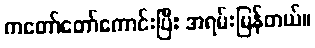
ကတော်တော်ကောင်းပြီ: အရမ်းမြန်တယ်။